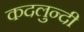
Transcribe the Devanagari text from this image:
कदलुन्दी